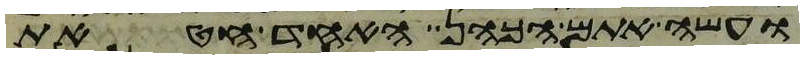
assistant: ועשה אתם הכהן אחד חטאת